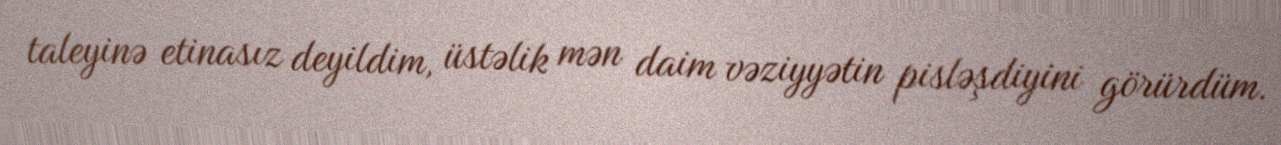
taleyinə etinasız deyildim, üstəlik mən daim vəziyyətin pisləşdiyini görürdüm.